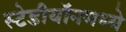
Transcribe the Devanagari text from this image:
स्टेडीयॉनमध्ये